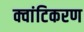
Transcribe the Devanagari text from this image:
क्वांटिकरण